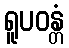
ရူပဝန္တံ